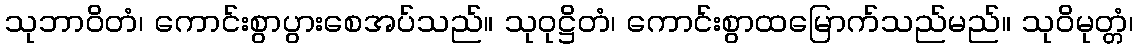
သုဘာဝိတံ၊ ကောင်းစွာပွားစေအပ်သည်။ သုဝုဋ္ဌိတံ၊ ကောင်းစွာထမြောက်သည်မည်။ သုဝိမုတ္တံ၊